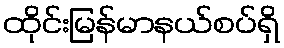
ထိုင်းမြန်မာနယ်စပ်ရှိ